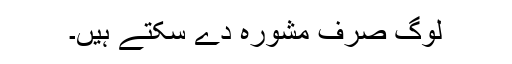
لوگ صرف مشورہ دے سکتے ہیں۔